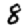
Digit: 8